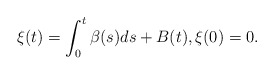
\begin{align*} \xi(t)=\int_0^t \beta(s) ds + B(t), \xi(0)=0.\end{align*}